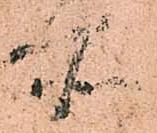
所